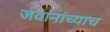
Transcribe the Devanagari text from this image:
जवानांच्याच